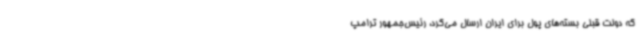
که دولت قبلی بسته‌های پول برای ایران ارسال می‌کرد، رئیس‌جمهور ترامپ